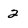
Character: 2